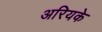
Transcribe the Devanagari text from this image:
अरियके